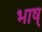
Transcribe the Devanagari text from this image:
भाष्